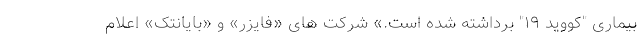
بیماری "کووید ۱۹" برداشته شده است.» شرکت های «فایزر» و «بایانتک» اعلام